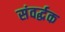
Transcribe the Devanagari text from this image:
संवर्द्धक